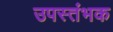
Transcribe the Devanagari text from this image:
उपस्तंभक